Tartu_linnavalitsus, lk 97
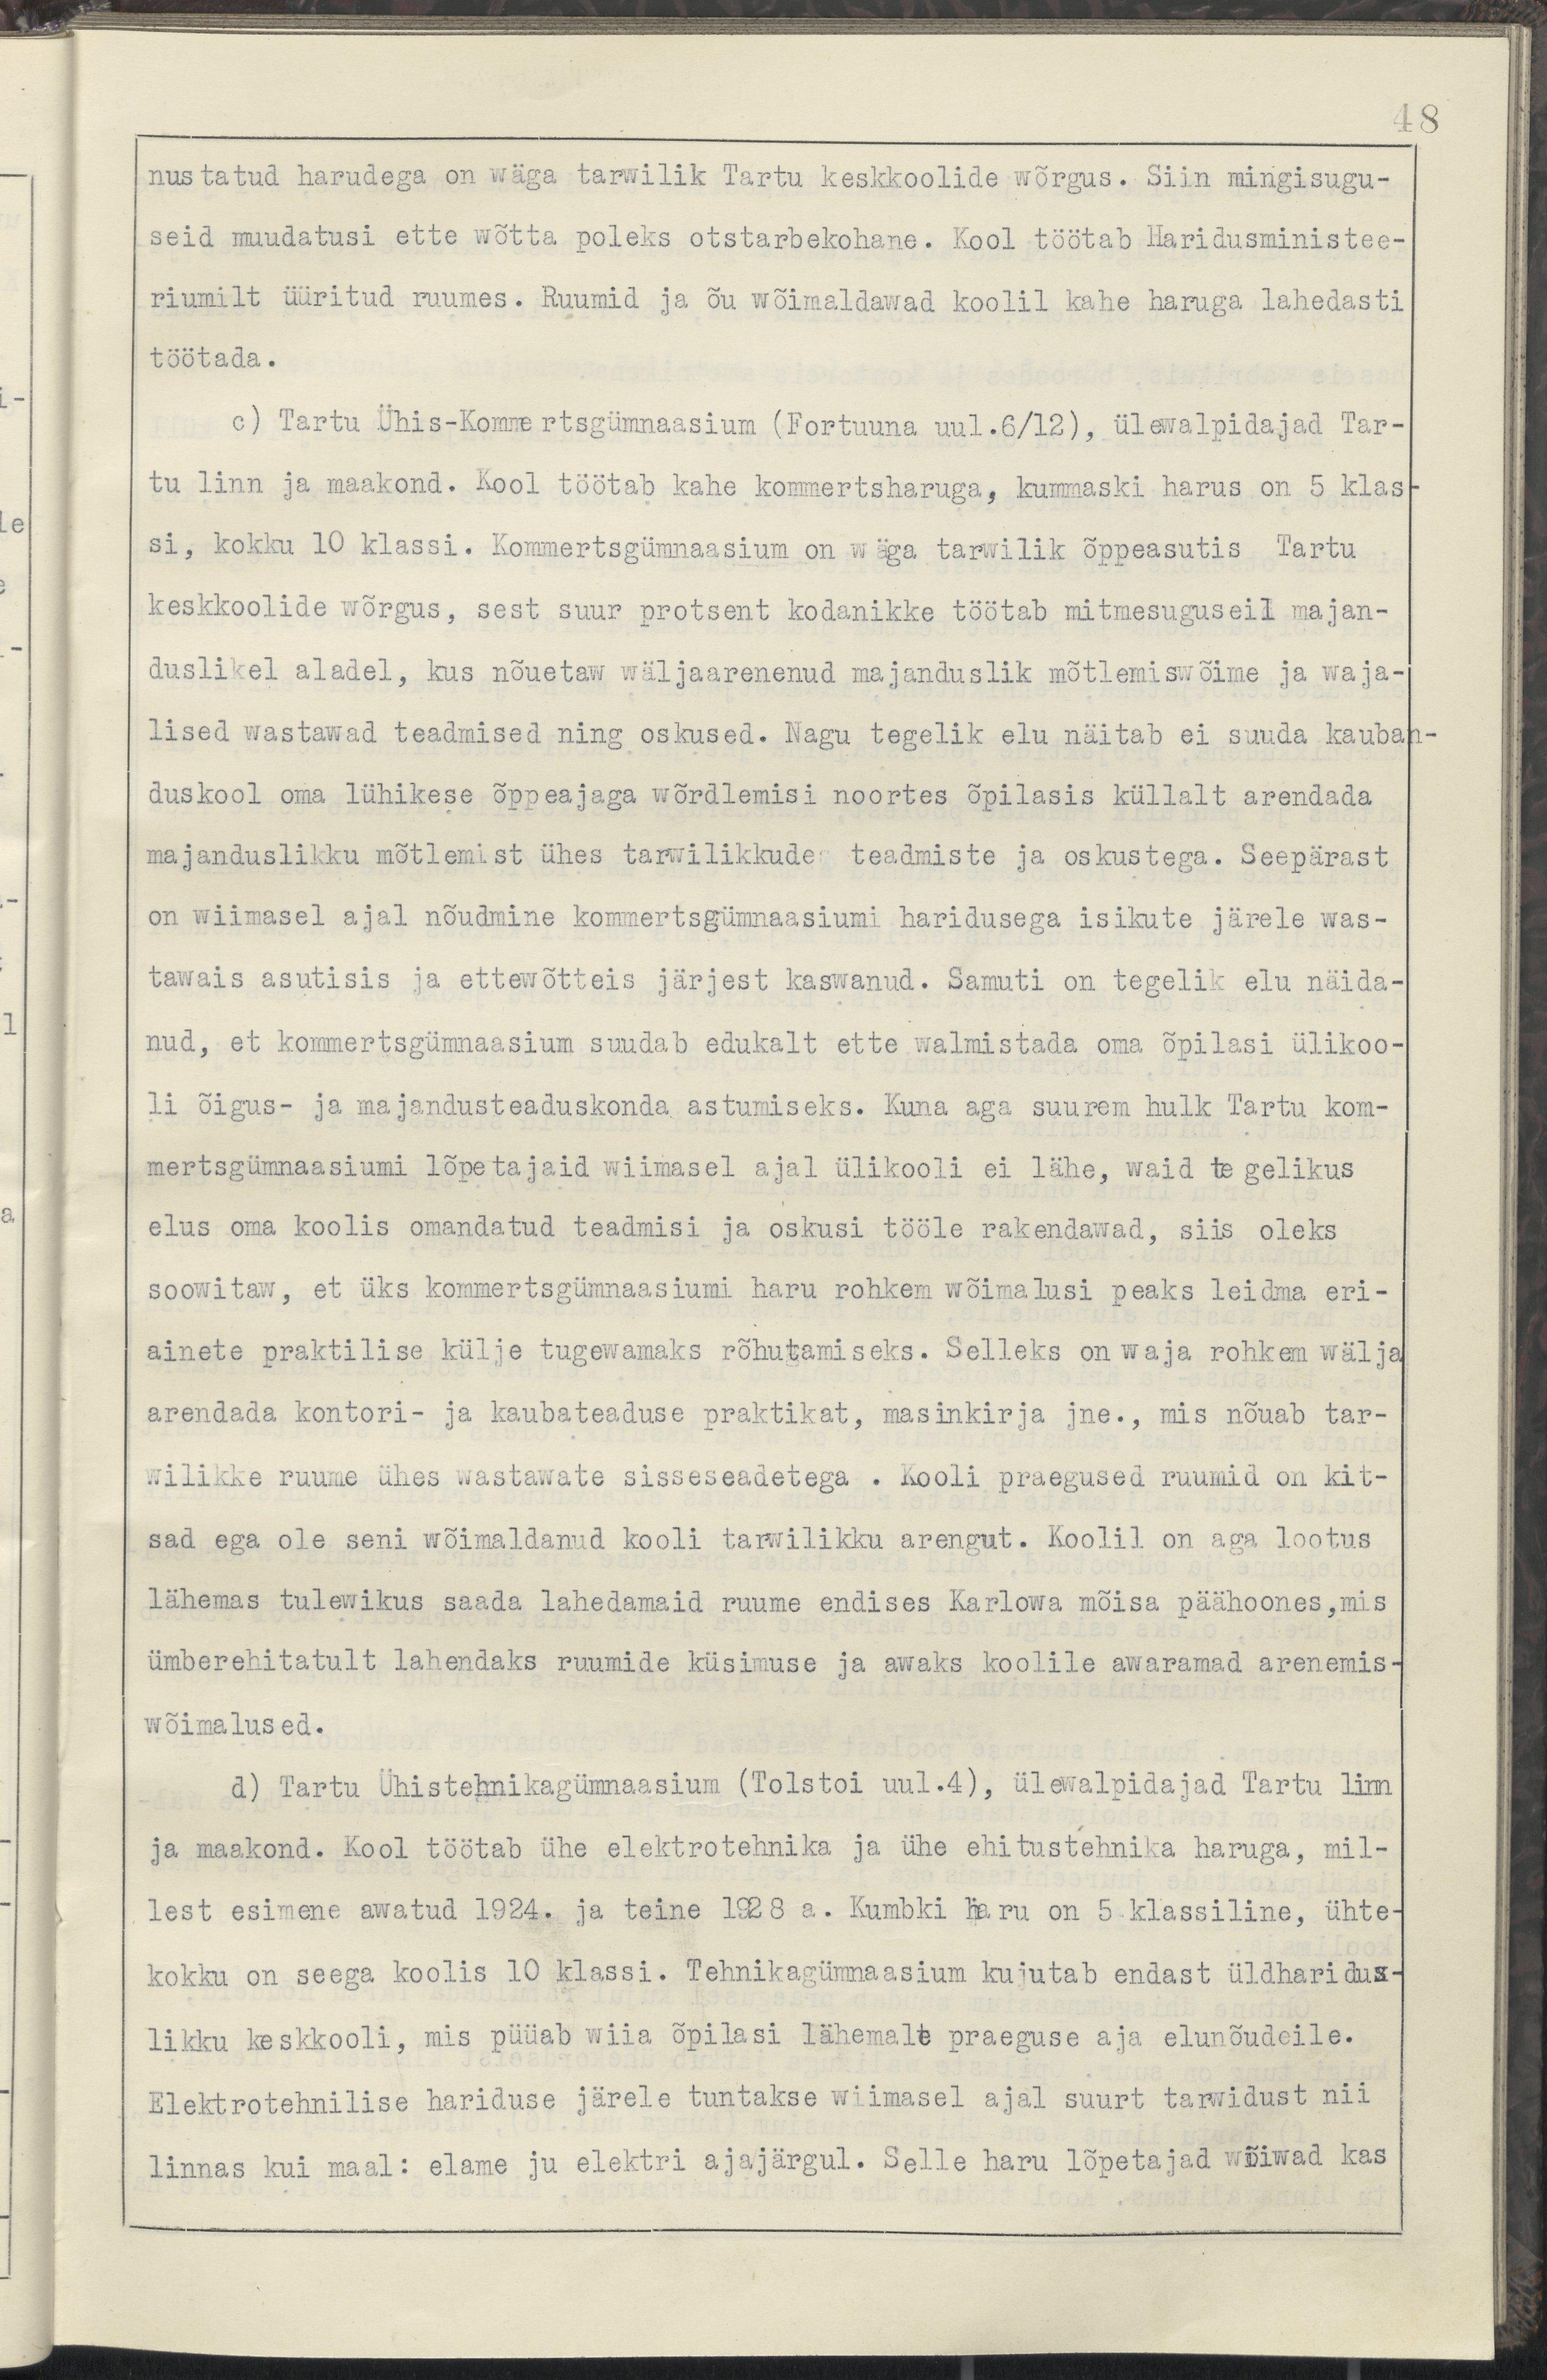
48
nustatud harudega on wäga tarwilik Tartu keskkoolide wõrgus. Siin mingisugu-
seid muudatusi ette wõtta poleks otstarbekohane. Kool töötab Haridusminisee-
riumilt üüritud ruumes. Ruumid ja õu wõimaldawad koolil kahe haruda lahedasti
töötada.
c) Tartu Ühis-Kommertsgümnaasium (Fortuuna uul.6/12), ülewalpidajad Tar-
tu linn ja maakond. Kool töötab kahe kommertsharuga, kummaski harus oon 5 klas-
si, kokku 10 klassi. Kommertsgümnaasium on wäga tarwilik õppeasutis Tartu
keskkoolide wõrgus, sest suur protsent kodanikke töötab mitmesuguseil majan-
duslikel aladel, kus nõutaw wäljaarenenud majanduslik mõtlemiswõime ja waja-
lised wastawad teadmised ning oskused. Nagu tegelik elu näitab ei suuda kauban-
duskool oma lühikese õppeajaga wõrdlemisi noortes õpilasis küllalt arendada
majanduslikku mõtlemist ühes tarwilikkude teadmiste ja oskustega. Seepärast
on wiimasel ajal nõudmine kommertsgümnaasiumi haridusega isikute järeke was-
tawais asutisis ja ettewõtteis järjest kaswanud. Samuti on tegelik elu näida-
nud, et kommertsgümnaasium suudab edukalt ette walmistada oma õpilasi ülikoo-
li õigus- ja majandusteaduskonda astumiseks. Kuna aga suurem hulk Tartu kom-
mertsgümnaasiumi lõpetajaid wiimasel ajal ülikooli ei lähe, waid tegelikus
elus oma koolis omandatud teadmisi ja oskusi tööle rakendawad, siis oleks
soowitaw, et üks kommertsgümnaasiumi haru rohkem wõimalusi peaks leidma eri-
ainete praktilise külje tugewamaks rõhutamiseks. Selleks on waja rohkem wälja
arendada kontori- ja kaubateaduse praktikat, masinkirja jne., mis nõuab tar-
wilikke ruume ühes wastawate sisseseadetega . Kooli praegused ruumid on kit-
sad ega ole seni wõimaldanud kooli tarwilikku arengut. Koolil on aga lootus
lähemas tulewikus saada lahedamaid ruume endises Karlowa mõisa päähoones,mis
ümberehitatult lahendaks ruumide küsimuse ja awaks koolile awaramad arenemis-
wõimalused.
d) Tartu Ühistehnikagümnaasium (Tolstoi uul.4), ülewalpidajad Tartu linn
ja maakond. Kool töötab ühe elektrotehnika ja ühe ehitustehnika haruga, mil-
lest esimene awatud 1924. ja teine 1928 a. Kumbki haru on 5 klassiline, ühte-
kokku on seega koolis 10 klassi. Tehnikagümnaaisum kujutab endast üldharidus-
likku keskkooli, mis püüab wiia õpilasi lähemale praeguse aja elunõudeile.
Elektrotehnikise hariduse järele tuntakse wiimasel ajal suurt tarwidust nii
linnas kui maal: elame ju elektri ajajärgul. Selle haru lõpetajad wõiwad kas